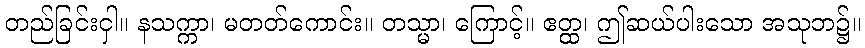
တည်ခြင်းငှါ။ နသက္ကာ၊ မတတ်ကောင်း။ တသ္မာ၊ ကြောင့်။ ဧတ္ထ၊ ဤဆယ်ပါးသော အသုဘ၌။